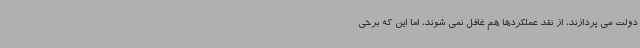
دولت می پردازند، از نقد عملکردها هم غافل نمی شوند، اما این که برخی